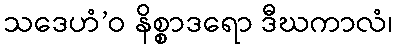
သဒေဟံ’ဝ နိစ္စာဒရော ဒီဃကာလံ၊